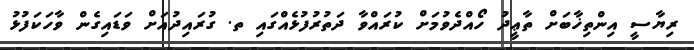
ރިޔާސީ އިންތިޚާބަށް ތާޢީދު ހޯއްދެވުމަށް ކުރައްވާ ދަތުރުފުޅެއްގައި ތ. ގުރައިދުއަށް ވަޑައިގެން ވާހަކަފުޅު